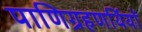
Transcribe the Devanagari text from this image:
पाणिग्रहणर्थियों